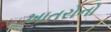
ખાતરોનો